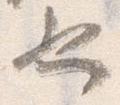
也